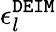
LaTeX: \epsilon_{l}^{\tt DEIM}